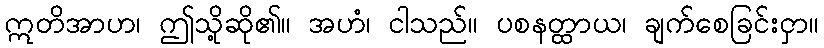
ဣတိအာဟ၊ ဤသို့ဆို၏။ အဟံ၊ ငါသည်။ ပစနတ္ထာယ၊ ချက်စေခြင်းငှာ။